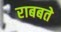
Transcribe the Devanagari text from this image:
राबबते